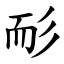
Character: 耏